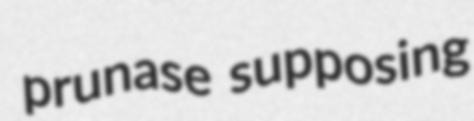
prunase supposing